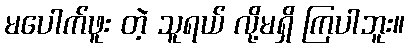
မပေါက်ဖူး တဲ့ သူရယ် လို့မရှိ ကြပါဘူး။